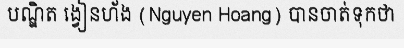
បណ្ឌិត ង្វៀនហ័ង (Nguyen Hoang) បានចាត់ទុកថា